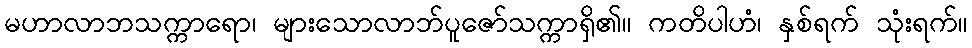
မဟာလာဘသက္ကာရော၊ များသောလာဘ်ပူဇော်သက္ကာရှိ၏။ ကတိပါဟံ၊ နှစ်ရက် သုံးရက်။